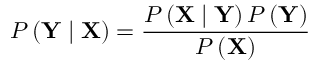
P \left( \mathbf { Y } \mid \mathbf { X } \right) = \frac { P \left( \mathbf { X } \mid \mathbf { Y } \right) P \left( \mathbf { Y } \right) } { P \left( \mathbf { X } \right) }